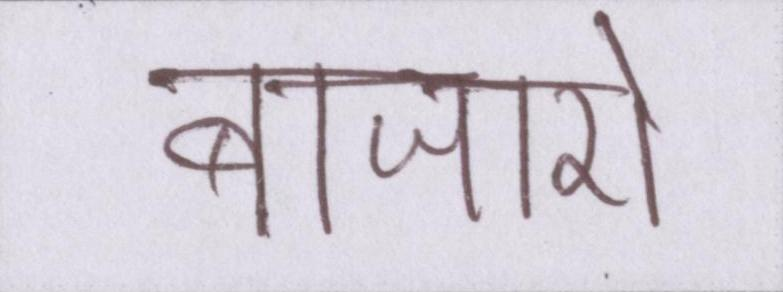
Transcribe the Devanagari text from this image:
बाजारों